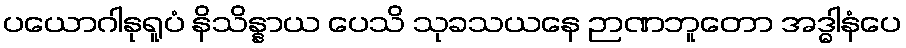
ပယောဂါနုရူပံ နိသိန္နာယ ပေသိ သုခသယနေ ဉာဏဘူတော အဒ္ဓါနံပေ